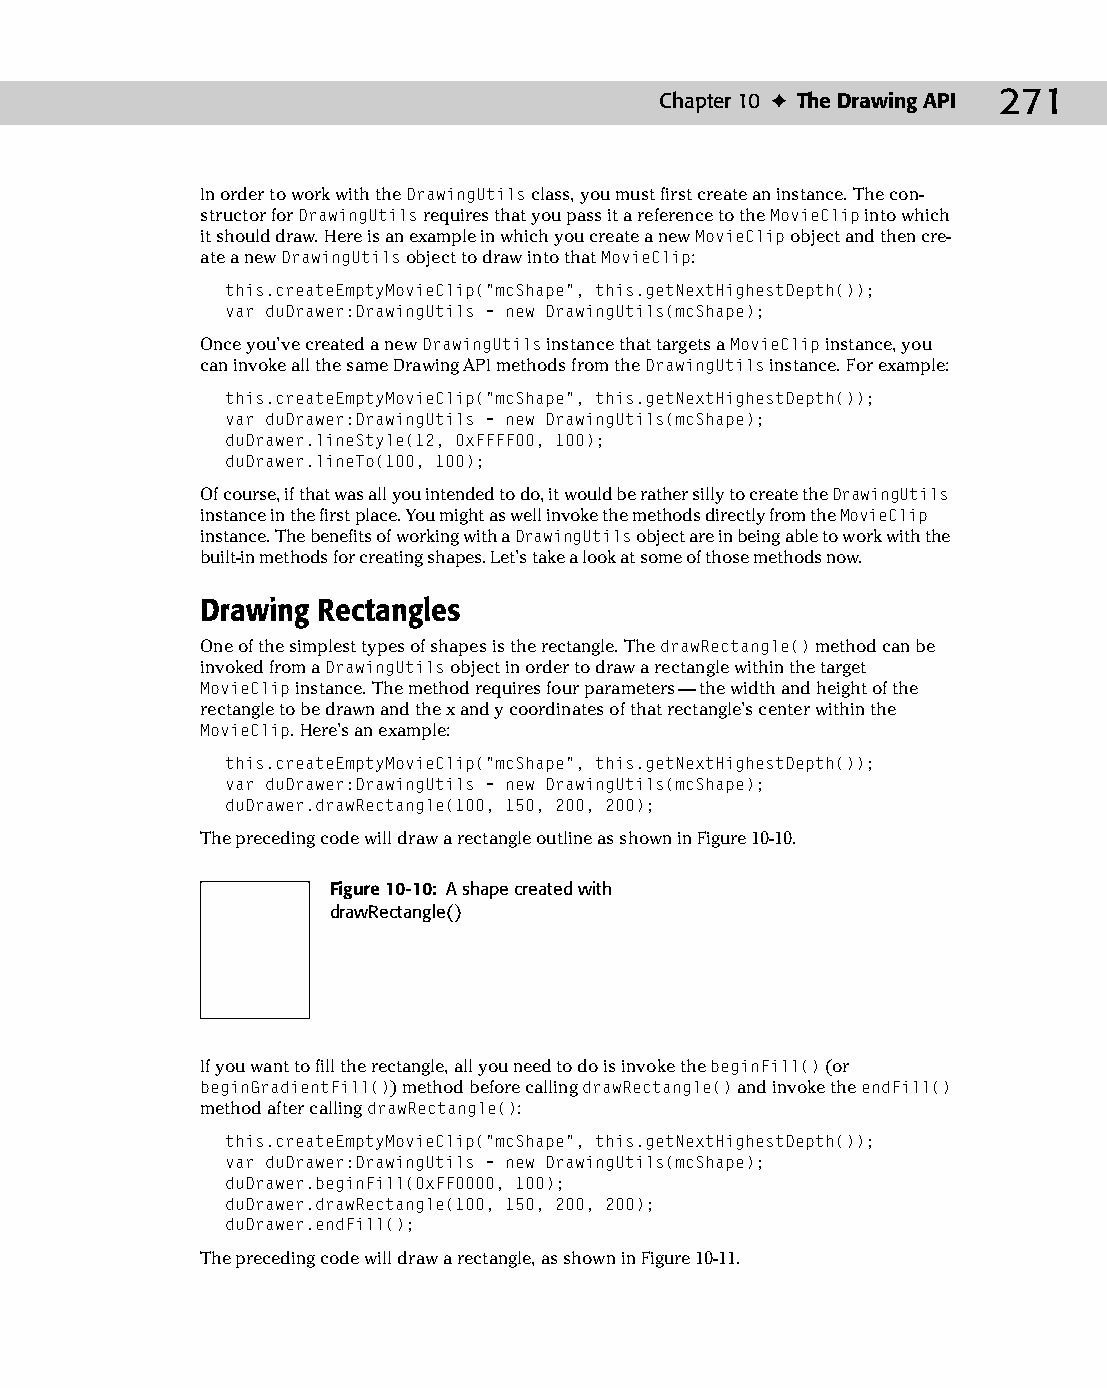
14 543547 ch10.qxd 3/24/04 3:49 PM Page 271
 Chapter 10 ✦ The Drawing API 271
 In order to work with the DrawingUtils class, you must first create an instance. The con­
 structor for DrawingUtils requires that you pass it a reference to the MovieClip into which
 it should draw. Here is an example in which you create a new MovieClip object and then cre­
 ate a new DrawingUtils object to draw into that MovieClip:
 this.createEmptyMovieClip(“mcShape”, this.getNextHighestDepth());
 var duDrawer:DrawingUtils = new DrawingUtils(mcShape);
 Once you’ve created a new DrawingUtils instance that targets a MovieClip instance, you
 can invoke all the same Drawing API methods from the DrawingUtils instance. For example:
 this.createEmptyMovieClip(“mcShape”, this.getNextHighestDepth());
 var duDrawer:DrawingUtils = new DrawingUtils(mcShape);
 duDrawer.lineStyle(12, 0xFFFF00, 100);
 duDrawer.lineTo(100, 100);
 Of course, if that was all you intended to do, it would be rather silly to create the DrawingUtils
 instance in the first place. You might as well invoke the methods directly from the MovieClip
 instance. The benefits of working with a DrawingUtils object are in being able to work with the
 built-in methods for creating shapes. Let’s take a look at some of those methods now.
 Drawing Rectangles
 One of the simplest types of shapes is the rectangle. The drawRectangle() method can be
 invoked from a DrawingUtils object in order to draw a rectangle within the target
 MovieClip instance. The method requires four parameters — the width and height of the
 rectangle to be drawn and the x and y coordinates of that rectangle’s center within the
 MovieClip. Here’s an example:
 this.createEmptyMovieClip(“mcShape”, this.getNextHighestDepth());
 var duDrawer:DrawingUtils = new DrawingUtils(mcShape);
 duDrawer.drawRectangle(100, 150, 200, 200);
 The preceding code will draw a rectangle outline as shown in Figure 10-10.
 Figure 10-10: A shape created with
 drawRectangle()
 If you want to fill the rectangle, all you need to do is invoke the beginFill() (or
 beginGradientFill()) method before calling drawRectangle() and invoke the endFill()
 method after calling drawRectangle():
 this.createEmptyMovieClip(“mcShape”, this.getNextHighestDepth());
 var duDrawer:DrawingUtils = new DrawingUtils(mcShape);
 duDrawer.beginFill(0xFF0000, 100);
 duDrawer.drawRectangle(100, 150, 200, 200);
 duDrawer.endFill();
 The preceding code will draw a rectangle, as shown in Figure 10-11.